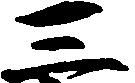
三